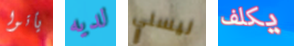
يأتوا لديه ليسلي يكلف